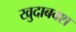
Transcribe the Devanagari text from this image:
खुदाबक्‍श